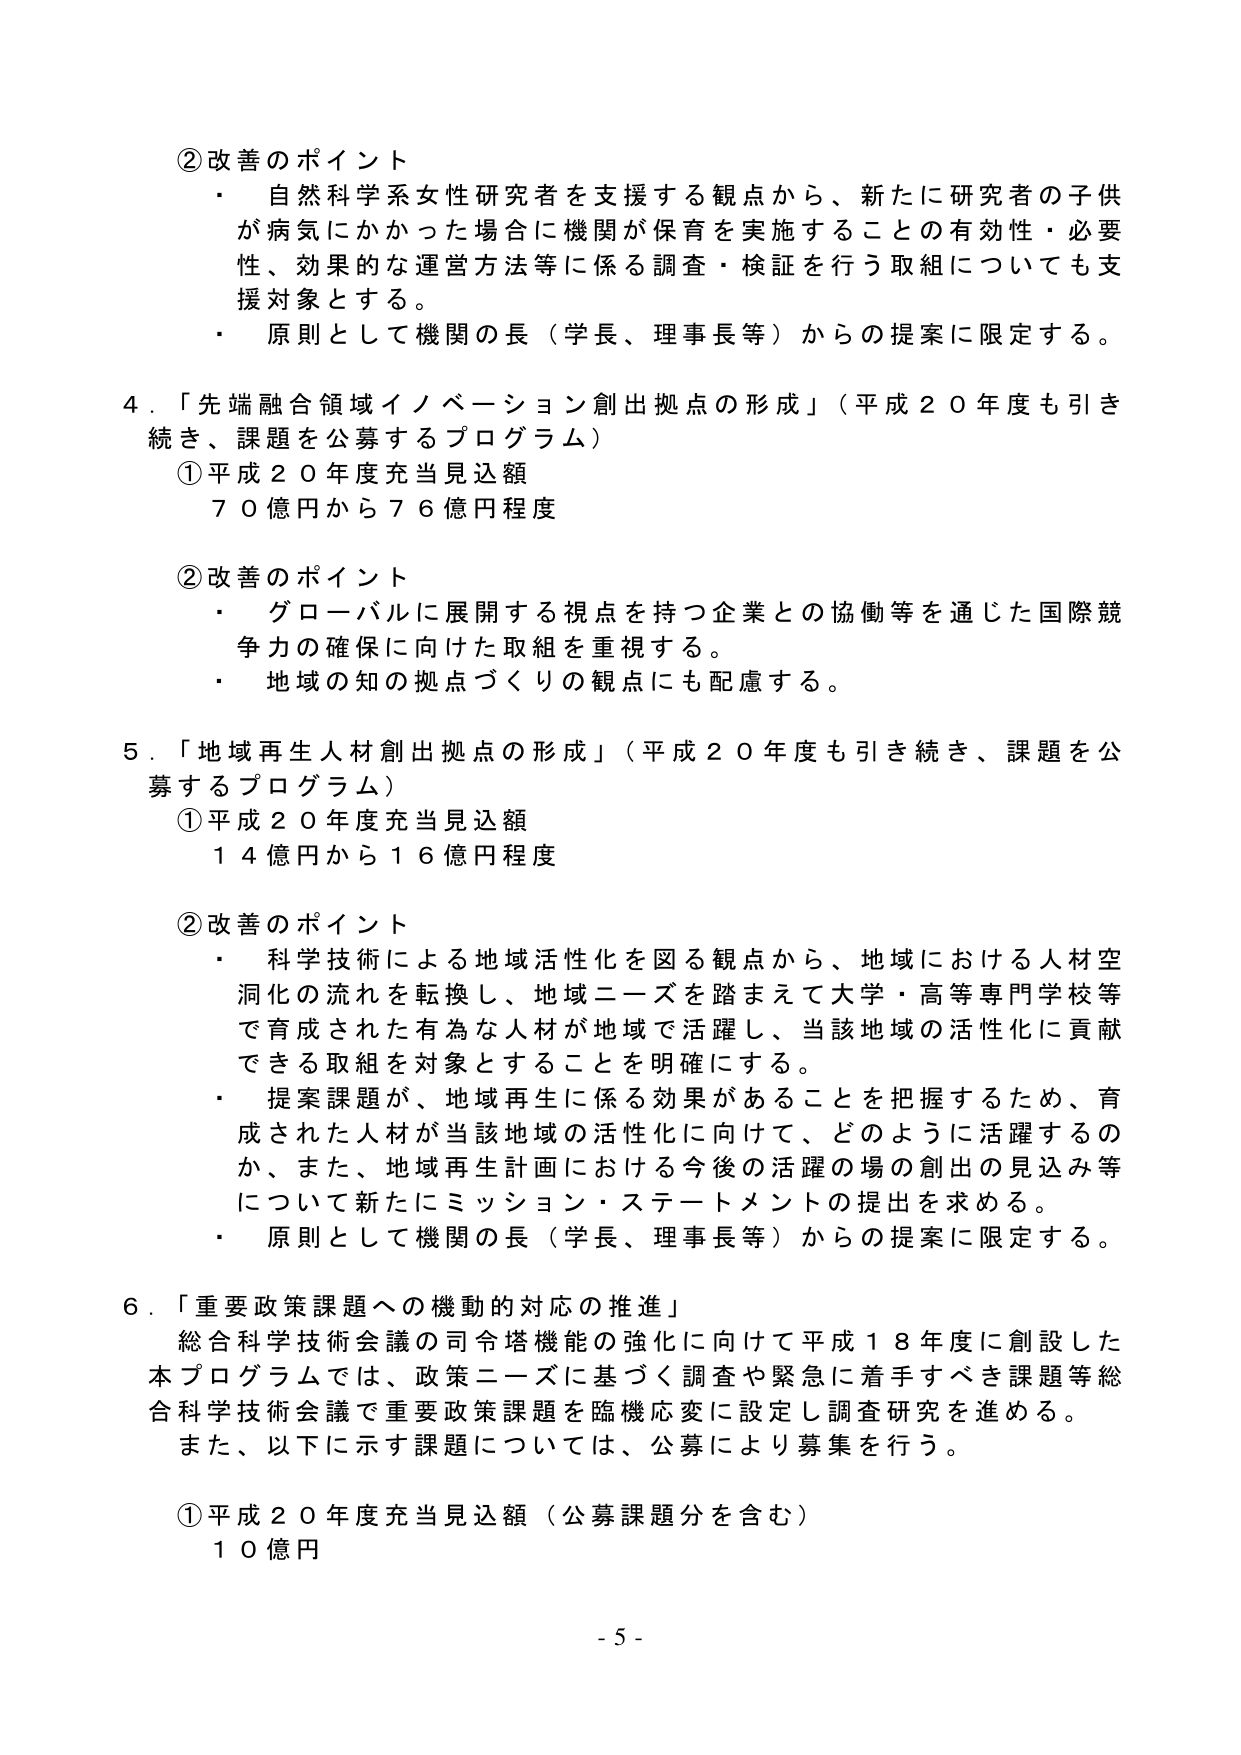
② 改善のポイント
・ 自然科学系女性研究者を支援する観点から、新たに研究者の子供が病気にかかった場合に機関が保育を実施することの有効性・必要性、効果的な運営方法等に係る調査・検証を行う取組についても支援対象とする。
・ 原則として機関の長（学長、理事長等）からの提案に限定する。

4．「先端融合領域イノベーション創出拠点の形成」（平成20年度も引き続き、課題を公募するプログラム）
① 平成20年度充当見込額
　70億円から76億円程度

② 改善のポイント
・ グローバルに展開する視点を持つ企業との協働等を通じた国際競争力の確保に向けた取組を重視する。
・ 地域の知の拠点づくりの観点にも配慮する。

5．「地域再生人材創出拠点の形成」（平成20年度も引き続き、課題を公募するプログラム）
① 平成20年度充当見込額
　14億円から16億円程度

② 改善のポイント
・ 科学技術による地域活性化を図る観点から、地域における人材空洞化の流れを転換し、地域ニーズを踏まえて大学・高等専門学校等で育成された有為な人材が地域で活躍し、当該地域の活性化に貢献できる取組を対象とすることを明確にする。
・ 提案課題が、地域再生に係る効果があることを把握するため、育成された人材が当該地域の活性化に向けて、どのように活躍するのか、また、地域再生計画における今後の活躍の場の創出の見込み等について新たにミッション・ステートメントの提出を求める。
・ 原則として機関の長（学長、理事長等）からの提案に限定する。

6．「重要政策課題への機動的対応の推進」
　総合科学技術会議の司令塔機能の強化に向けて平成18年度に創設した本プログラムでは、政策ニーズに基づく調査や緊急に着手すべき課題等総合科学技術会議で重要政策課題を臨機応変に設定し調査研究を進める。また、以下に示す課題については、公募により募集を行う。

① 平成20年度充当見込額（公募課題分を含む）
　10億円

- 5 -